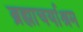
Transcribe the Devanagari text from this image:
ब्रह्माचर्याश्रम